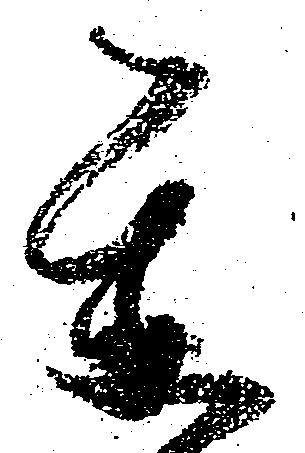
某